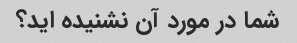
شما در مورد آن نشنیده اید؟